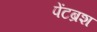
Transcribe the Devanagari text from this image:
पेंटब्रश